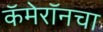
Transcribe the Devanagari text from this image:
कॅमेरॉनचा